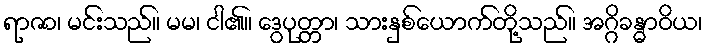
ရာဇာ၊ မင်းသည်။ မမ၊ ငါ၏။ ဒွေပုတ္တာ၊ သားနှစ်ယောက်တို့သည်။ အဂ္ဂိခန္ဓာဝိယ၊